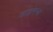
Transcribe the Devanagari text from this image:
डाइमन्ड